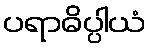
ပရာဓိပ္ပါယံ